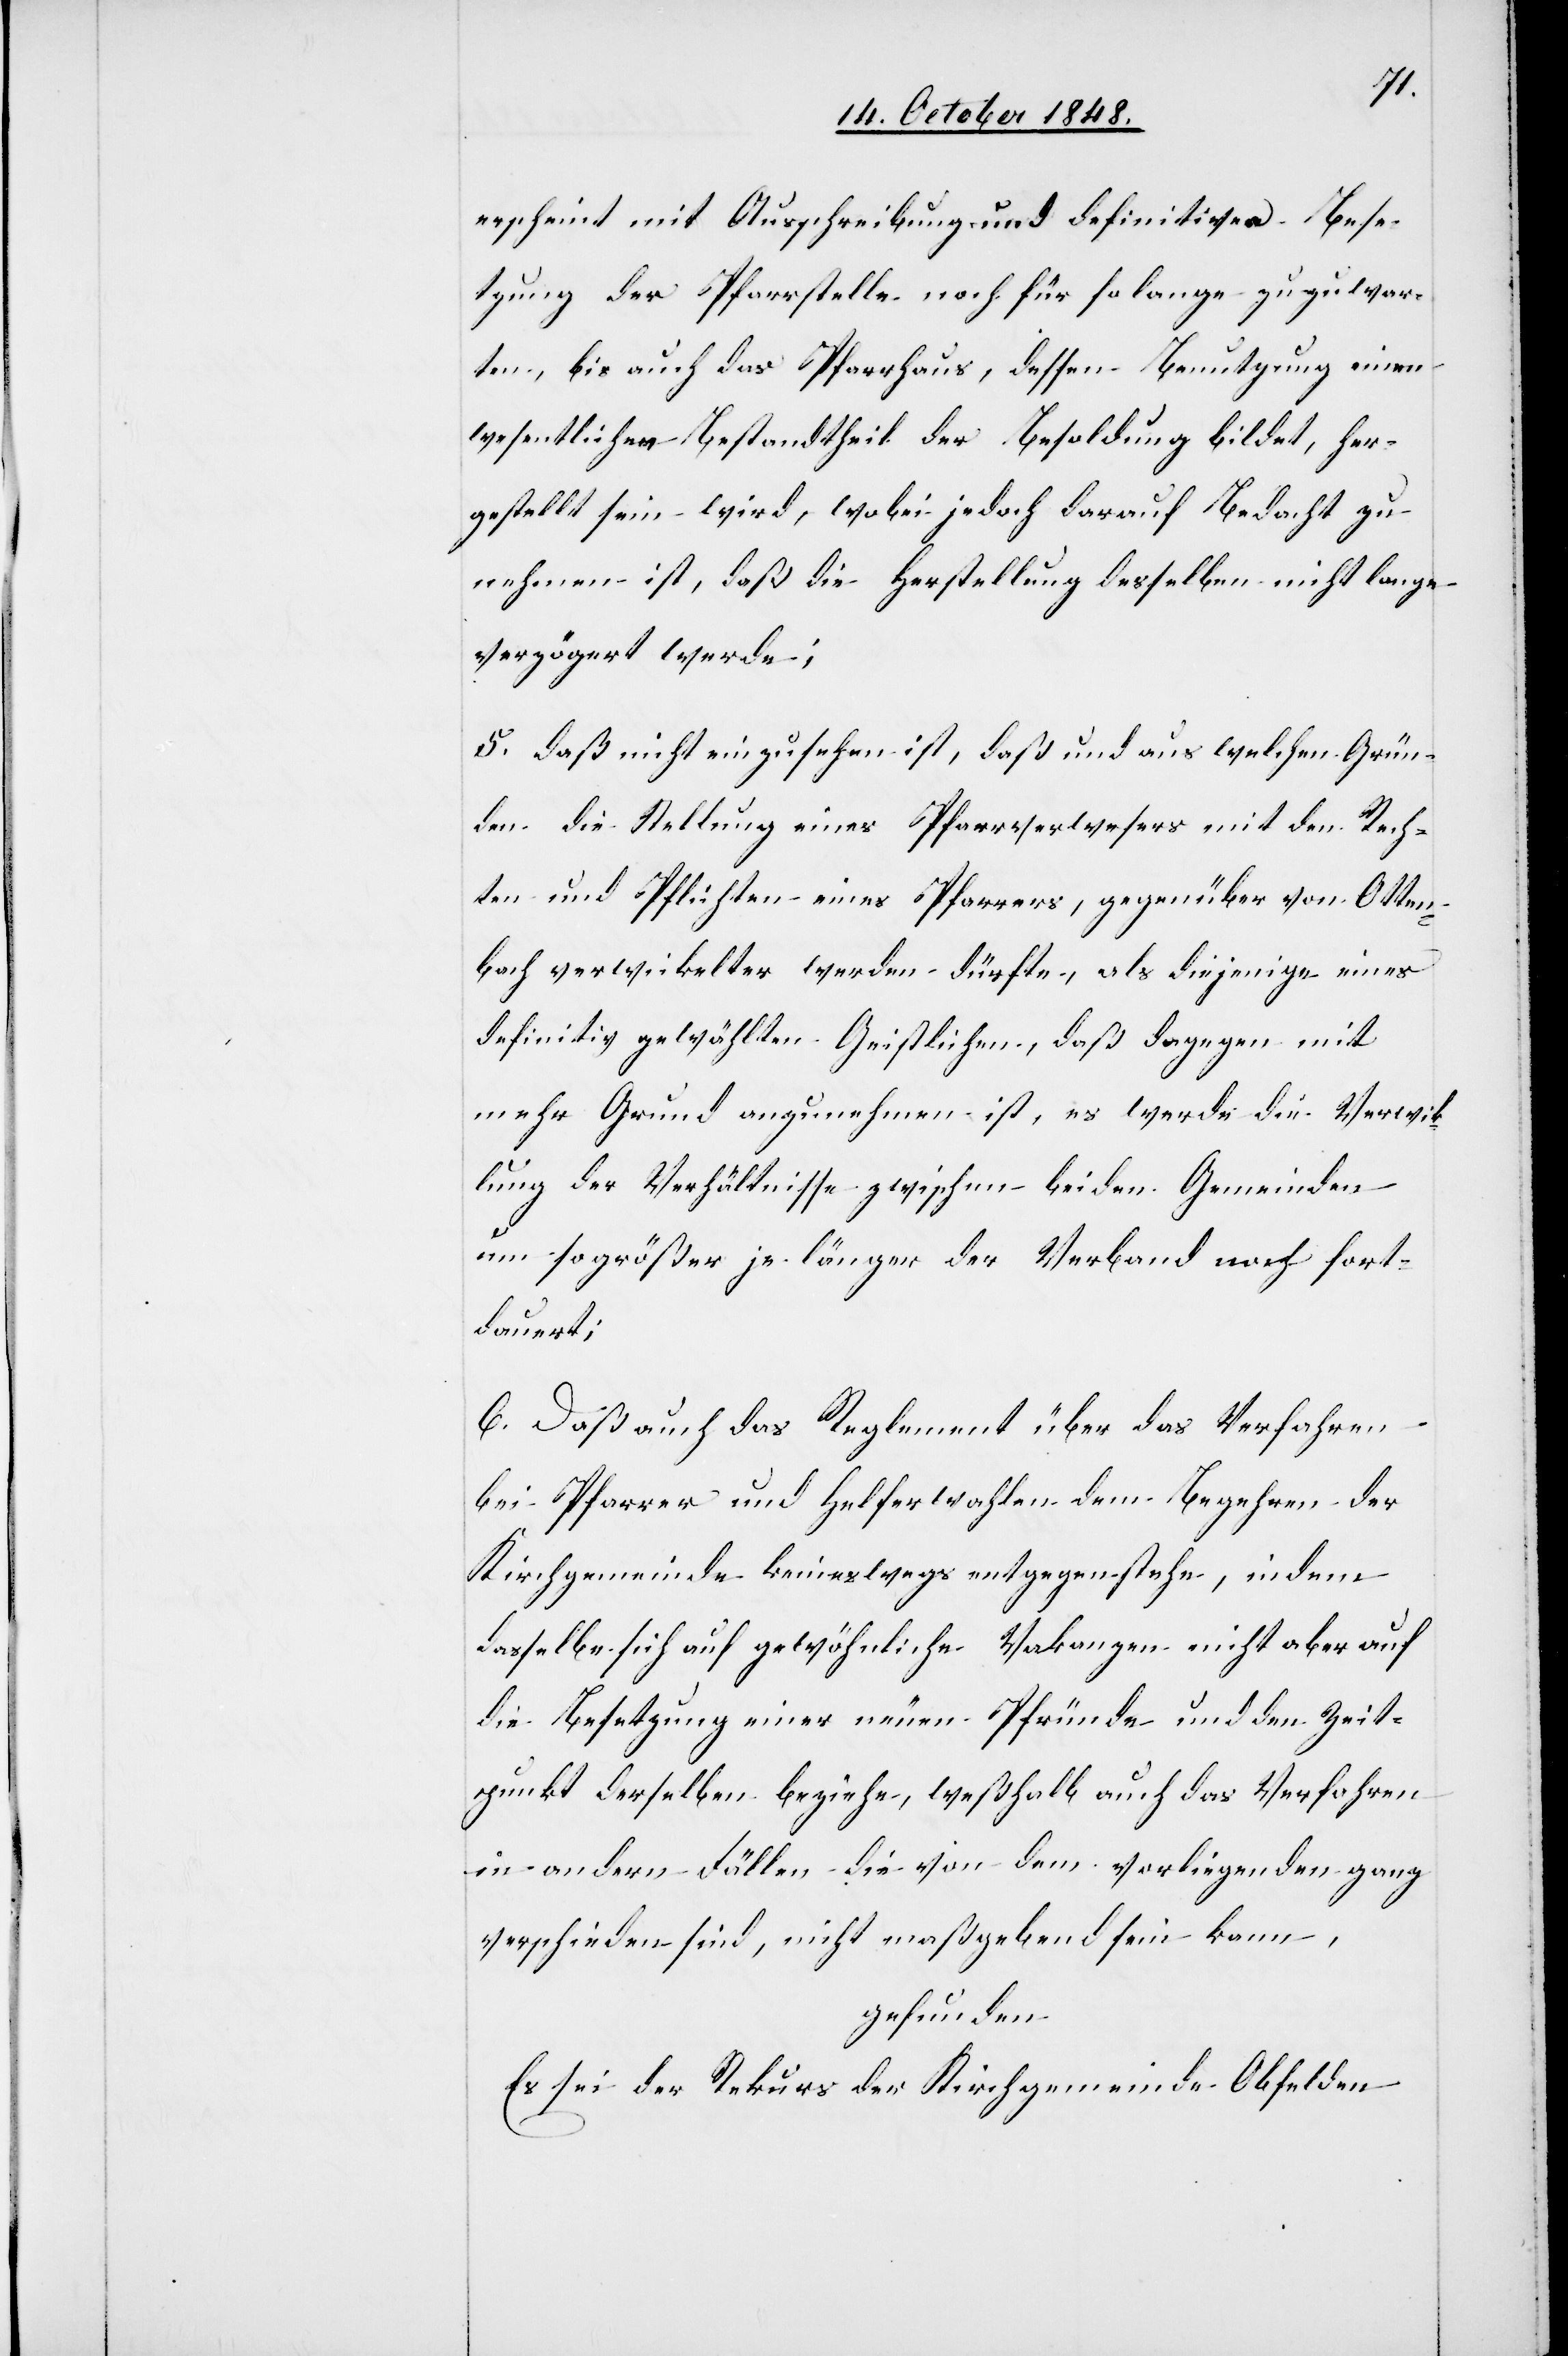
erscheint mit Ausschreibung und definitiver Bese¬
tzung der Pfarrstelle noch für so lange zuzuwar¬
ten, bis auch das Pfarrhaus, dessen Benutzung einen
wesentlichen Bestandtheil der Besoldung bildet, her¬
gestellt sein wird, wobei jedoch darauf Bedacht zu
nehmen ist, daß die Herstellung desselben nicht lange
verzögert werde;
5. daß nicht einzusehen ist, daß und aus welchen Grün¬
den die Stellung eines Pfarrverwesers mit den Rech¬
ten und Pflichten eines Pfarrers, gegenüber von Otten¬
bach verwickelter werden dürfte, als diejenige eines
definitiv gewählten Geistlichen, daß dagegen mit
mehr Grund anzunehmen ist, es werde die Verwick¬
lung der Verhältnisse zwischen beiden Gemeinden
um so größer je länger der Verband noch fort¬
dauert;
6. Daß auch das Reglement über das Verfahren
bei Pfarrer und Helferwahlen dem Begehren der
Kirchgemeinde keineswegs entgegenstehe, indem
dasselbe sich auf gewöhnliche Vakanzen nicht aber auf
die Besetzung einer neuen Pfründe und den Zeit¬
punkt derselben beziehe, weßhalb auch das Verfahren
in andern Fällen die von dem vorliegenden ganz
verschieden sind, nicht maßgebend sein kann,
gefunden:
Es sei der Rekurs der Kirchgemeinde Obfelden